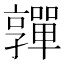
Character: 嚲